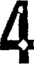
4